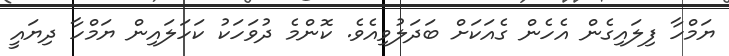
ޔަމްހާ ފިލައިގެން އެހެން ގެއަކަށް ބަދަލުވިއެވެ. ކޮންމެ ދުވަހަކު ކަހަލައިން ޔަމްހާ ދިޔައީ